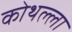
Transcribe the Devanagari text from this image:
कोथल्ला